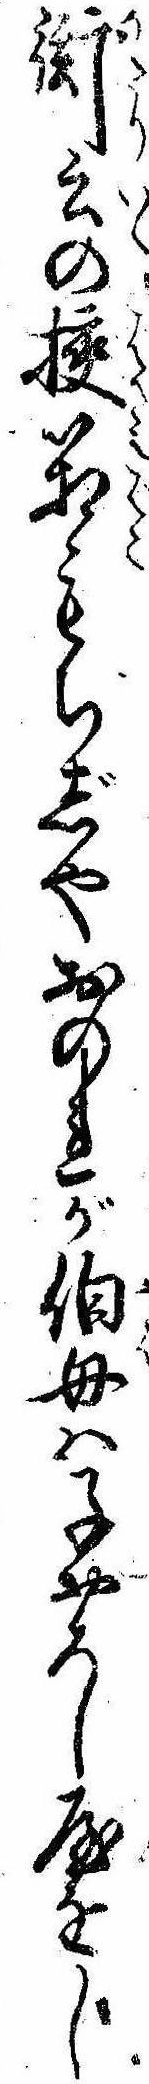
衒云の挟箱もちじやおのれが伯母は子おろし屋をし